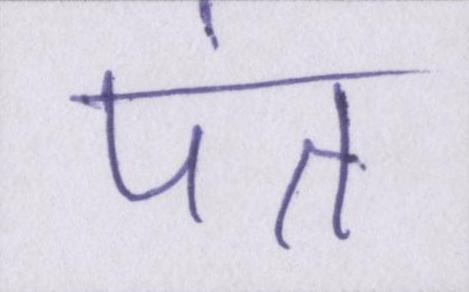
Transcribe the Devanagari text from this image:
पंत